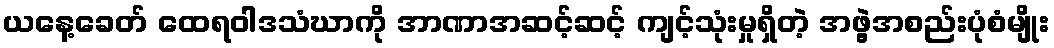
ယနေ့ခေတ် ထေရဝါဒသံဃာကို အာဏာအဆင့်ဆင့် ကျင့်သုံးမှုရှိတဲ့ အဖွဲ့အစည်းပုံစံမျိုး